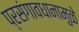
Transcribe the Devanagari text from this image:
प्रसंगावधानामुळे